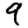
Digit: 9